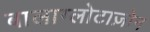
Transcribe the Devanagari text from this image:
बालाग्लोटाज़ोन